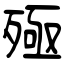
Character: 殛